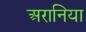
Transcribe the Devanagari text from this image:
अरानिया